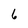
Character: 6